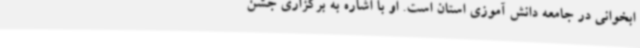
ابخوانی در جامعه دانش آموزی استان است. او با اشاره به برگزاری جشن